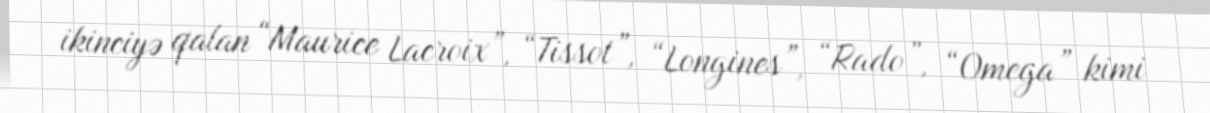
ikinciyə qalan “Maurice Lacroix”, “Tissot”, “Longines”, “Rado”, “Omega” kimi